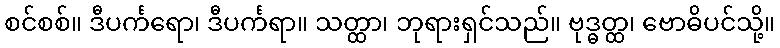
စင်စစ်။ ဒီပင်္ကရော၊ ဒီပင်္ကရာ။ သတ္ထာ၊ ဘုရားရှင်သည်။ ဗုဒ္ဓတ္ထ၊ ဗောဓိပင်သို့။